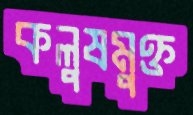
কলুষমুক্ত